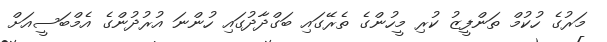
މަރުގެ ހުކުމް ތަންފީޒު ކުރި މީހުންގެ ތެރޭގައި ބަގްދާދުގައި ހުންނަ އުރުދުންގެ އެމްބަސީއަށް